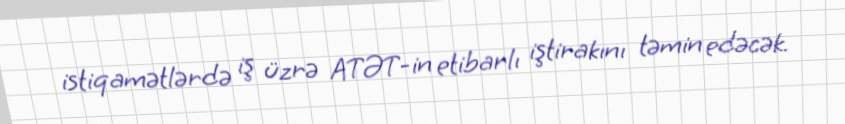
istiqamətlərdə iş üzrə ATƏT-in etibarlı iştirakını təmin edəcək.